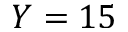
Y = 1 5